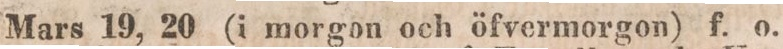
Mars 19, 20 (i morgon och öfvermorgon) f. o.